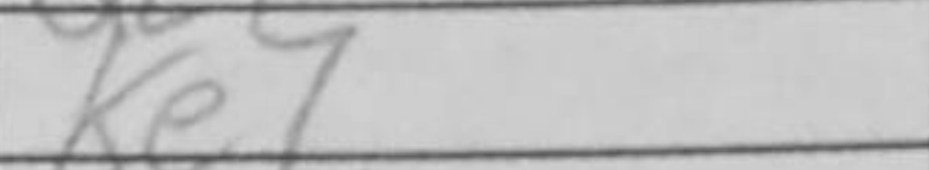
Transcription: Ke7